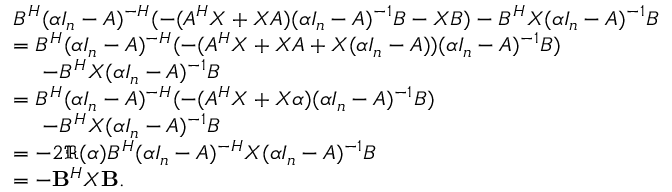
\begin{array} { r l } & { B ^ { H } ( \alpha I _ { n } - A ) ^ { - H } ( - ( A ^ { H } X + X A ) ( \alpha I _ { n } - A ) ^ { - 1 } B - X B ) - B ^ { H } X ( \alpha I _ { n } - A ) ^ { - 1 } B } \\ & { = B ^ { H } ( \alpha I _ { n } - A ) ^ { - H } ( - ( A ^ { H } X + X A + X ( \alpha I _ { n } - A ) ) ( \alpha I _ { n } - A ) ^ { - 1 } B ) } \\ & { ~ ~ ~ ~ - B ^ { H } X ( \alpha I _ { n } - A ) ^ { - 1 } B } \\ & { = B ^ { H } ( \alpha I _ { n } - A ) ^ { - H } ( - ( A ^ { H } X + X \alpha ) ( \alpha I _ { n } - A ) ^ { - 1 } B ) } \\ & { ~ ~ ~ ~ - B ^ { H } X ( \alpha I _ { n } - A ) ^ { - 1 } B } \\ & { = - 2 \Re ( \alpha ) B ^ { H } ( \alpha I _ { n } - A ) ^ { - H } X ( \alpha I _ { n } - A ) ^ { - 1 } B } \\ & { = - \mathbf { B } ^ { H } X \mathbf { B } . } \end{array}